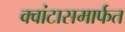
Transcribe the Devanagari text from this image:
क्वांटासमार्फत